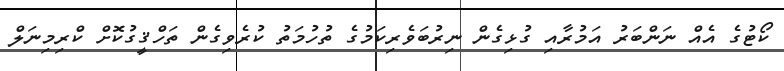
ކޯޓުގެ އެއް ނަންބަރު އަމުރާއި ގުޅިގެން ނިރުބަވެރިކަމުގެ ތުހުމަތު ކުރެވިގެން ތަހްޤީގުކޮށް ކްރިމިނަލް